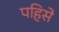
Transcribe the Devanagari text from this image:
पहिसे